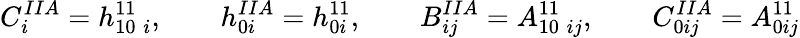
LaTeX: C_{i}^{IIA}=h_{10\; i}^{11},\qquad h_{0i}^{IIA}=h_{0i}^{11},\qquad B_{ij}^{IIA}=A_{10\; ij}^{11},\qquad C_{0ij}^{IIA}=A_{0ij}^{11}